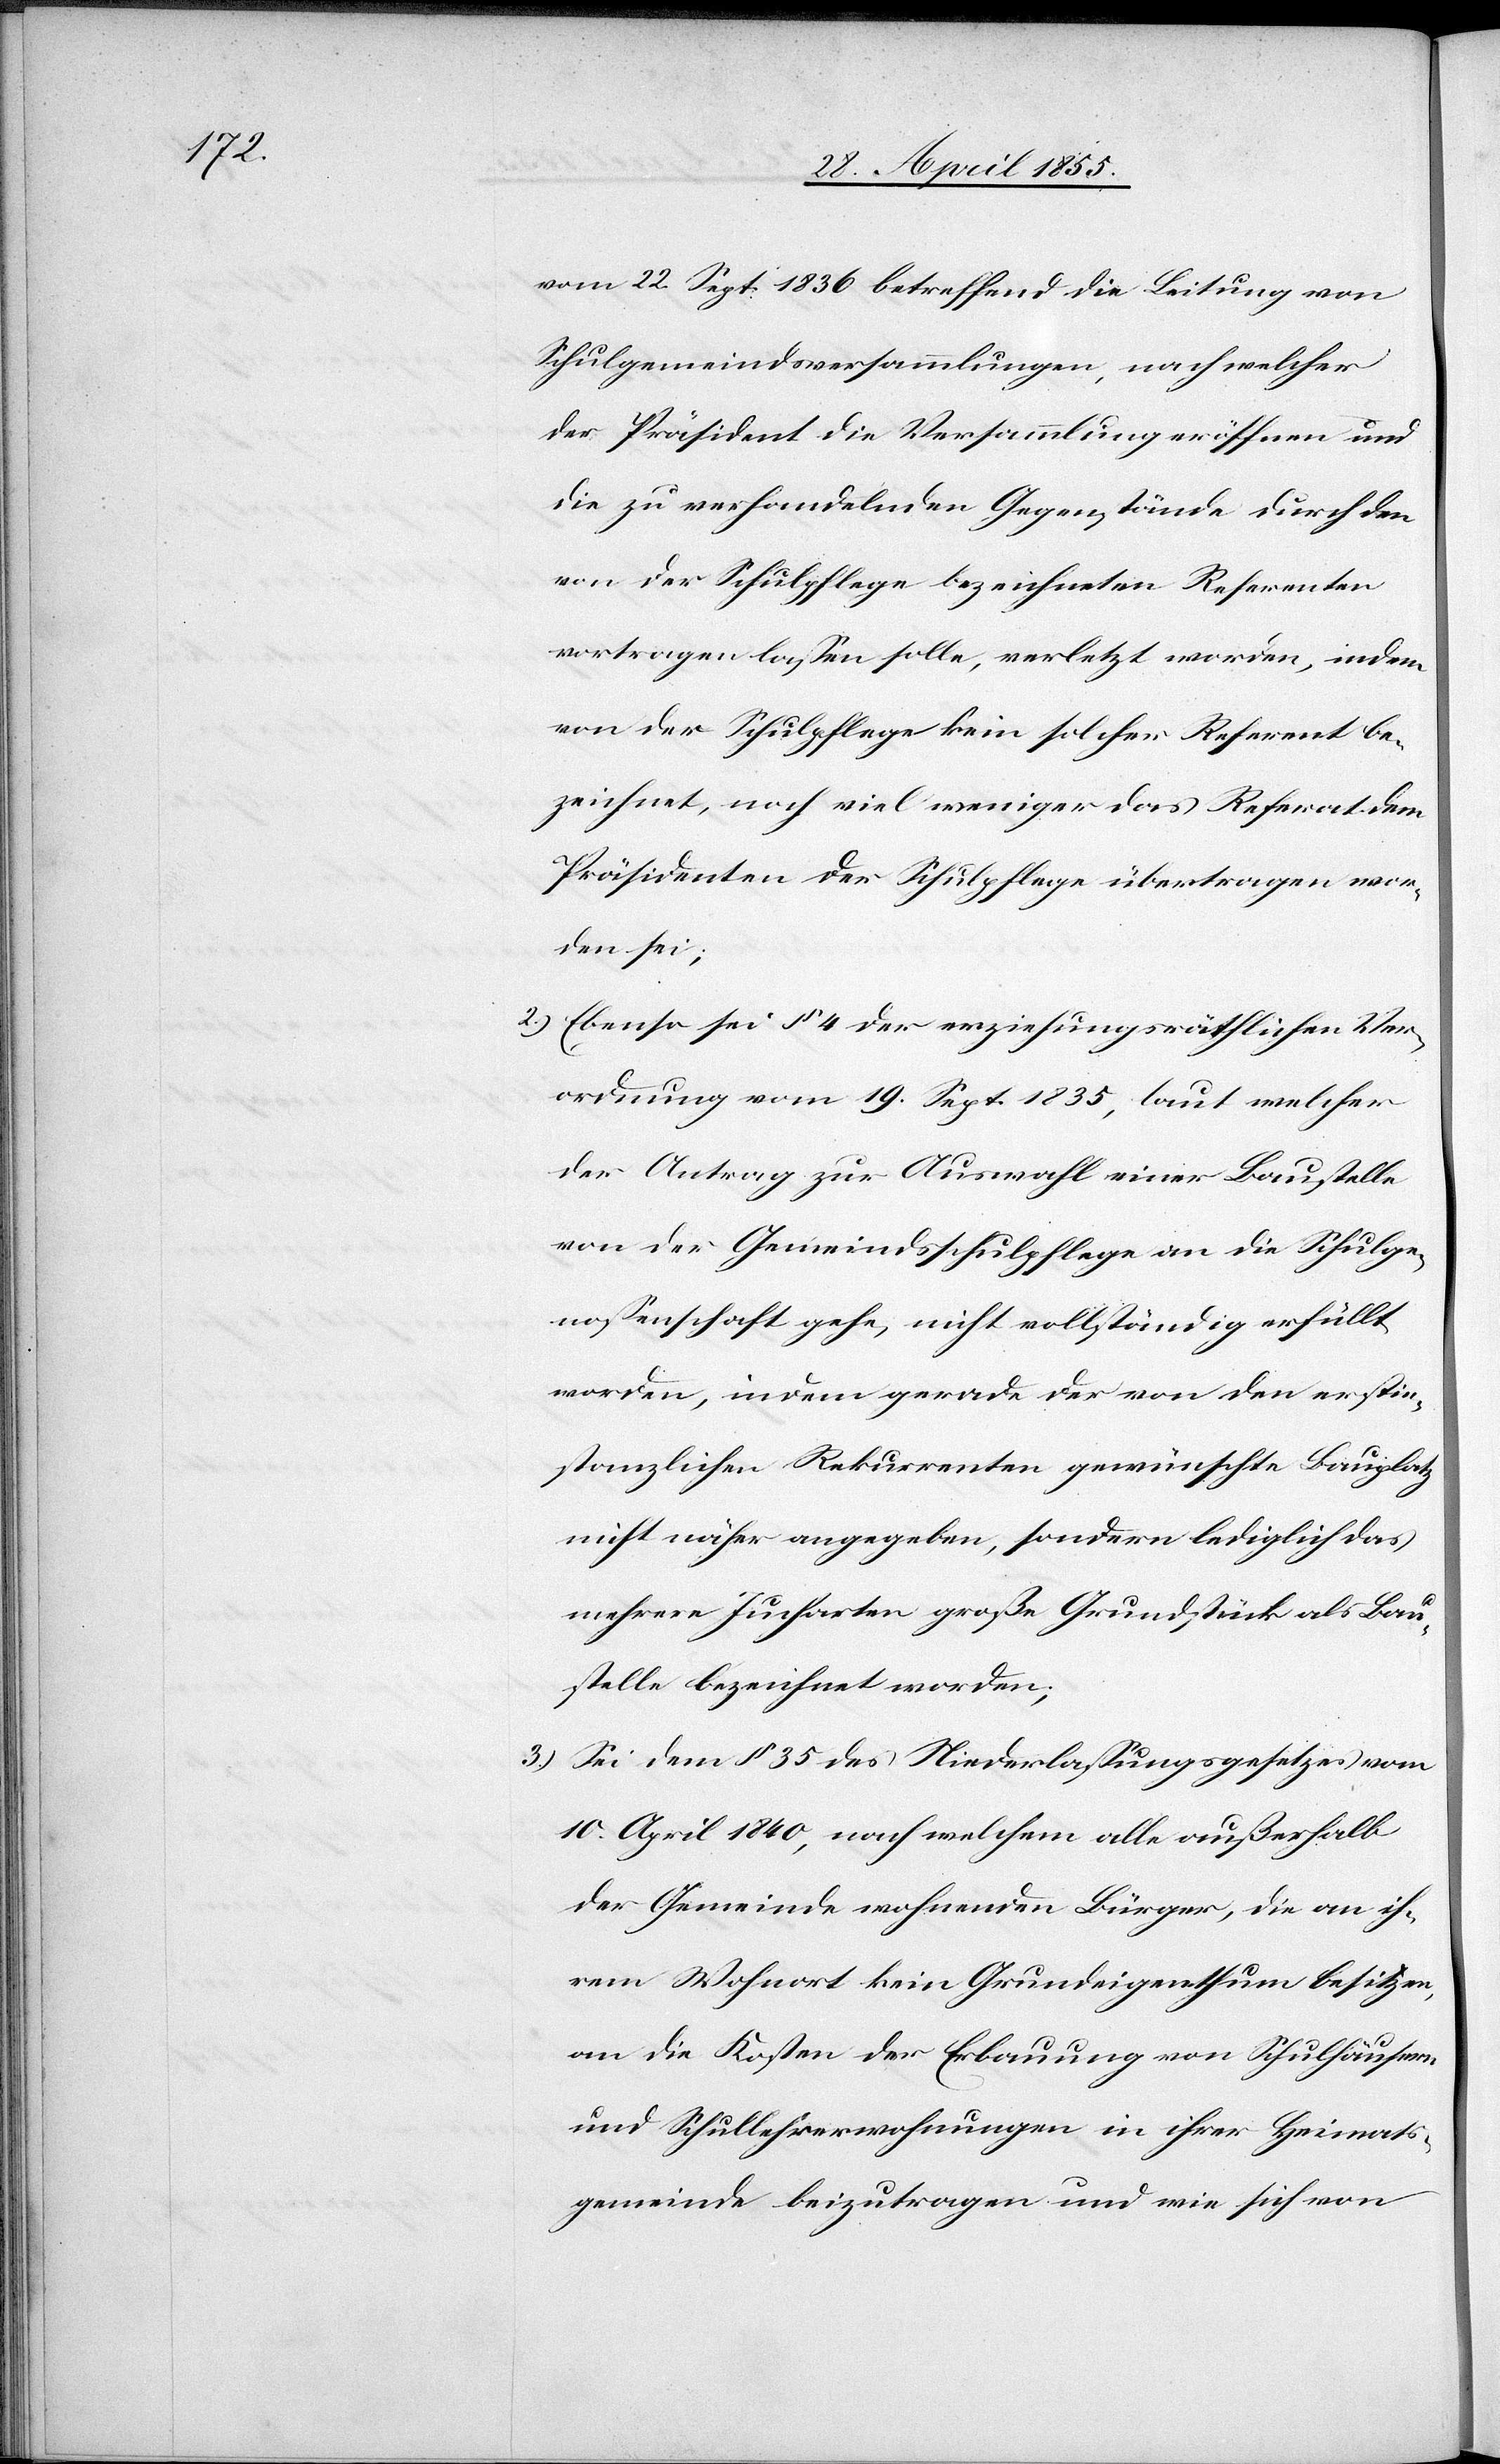
vom 22. Sept. 1836 betreffend die Leitung von
Schulgemeindsversammlungen, nach welcher
der Präsident die Versammlung eröffnen und
die zu verhandelnden Gegenstände durch den
von der Schulpflege bezeichneten Referenten
vortragen lassen solle, verletzt worden, indem
von der Schulpflege kein solcher Referent be¬
zeichnet, noch viel weniger das Referat dem
Präsidenten der Schulpflege übertragen wor¬
den sei;
Ebenso sei § 4 der erziehungsräthlichen Ver¬
ordnung vom 19. Sept. 1835, laut welcher
der Antrag zur Auswahl einer Baustelle
von der Gemeindsschulpflege an die Schulge¬
nossenschaft gehe, nicht vollständig erfüllt
worden, indem gerade der von den erstin¬
stanzlichen Rekurrenten gewünschte Bauplatz
nicht näher angegeben, sondern lediglich das
mehrere Jucharten große Grundstück als Bau¬
stelle bezeichnet worden;
Sei dem § 35 des Niederlassungsgesetzes vom
10. April 1840, nach welchem alle außerhalb
der Gemeinde wohnenden Bürger, die an ih¬
rem Wohnort kein Grundeigenthum besitzen,
an die Kosten der Erbauung von Schulhäusern
und Schullehrerwohnungen in ihrer Heimats¬
gemeinde beizutragen und wie sich von